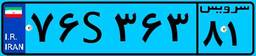
۷۶S۳۶۳۸۱